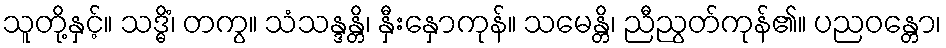
သူတို့နှင့်။ သဒ္ဓိံ၊ တကွ။ သံသန္ဒန္တိ၊ နှီးနှောကုန်။ သမေန္တိ၊ ညီညွတ်ကုန်၏။ ပညဝန္တော၊